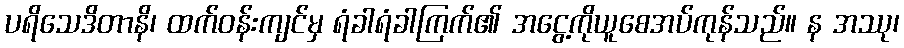
ပရိသေဒိတာနိ၊ ထက်ဝန်းကျင်မှ ရံခါရံခါကြက်၏ အငွေ့ကိုယူစေအပ်ကုန်သည်။ န အဿု၊